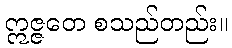
ဣဇ္ဇတေ စသည်တည်း။